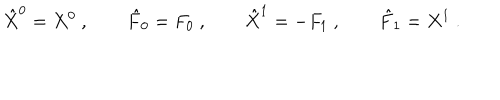
LaTeX: \hat { X } ^ { 0 } = X ^ { 0 } \ , \qquad \hat { F } _ { 0 } = F _ { 0 } \ , \qquad \hat { X } ^ { 1 } = - F _ { 1 } \ , \qquad \hat { F } _ { 1 } = X ^ { 1 } \ .